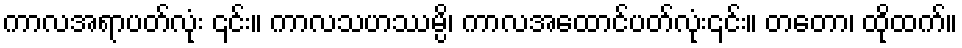
ကာလအရာပတ်လုံး ၎င်း။ ကာလသဟဿမ္ပိ၊ ကာလအထောင်ပတ်လုံး၎င်း။ တတော၊ ထိုထက်။